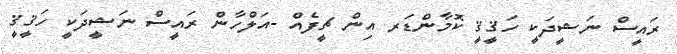
ރައީސް ނަޝީދަކީ ހަޤީޤީ ކޮމާންޑަރ އިން ޗީފެއް -އަލްހާން ރައީސް ނަޝީދަކީ ހަޤީޤީ